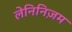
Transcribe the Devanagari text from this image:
लेनिनिज़म